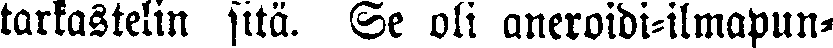
tarkastelin sitä. Se oli aneroidi-ilmapun-